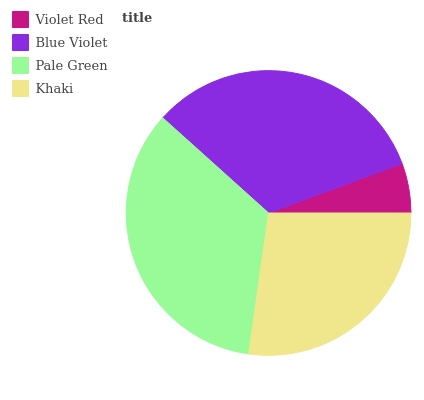
| Violet Red | Blue Violet | Pale Green | Khaki |
 | --- | --- | --- | --- |
 | 5.66% | 32.7% | 34.4% | 27.3% |